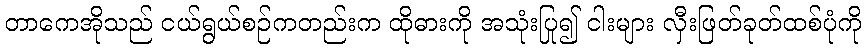
တာကေအိုသည် ငယ်ရွယ်စဉ်ကတည်းက ထိုဓားကို အသုံးပြု၍ ငါးများ လှီးဖြတ်ခုတ်ထစ်ပုံကို